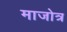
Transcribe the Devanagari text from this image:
माजोत्र